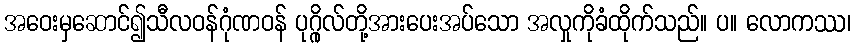
အဝေးမှဆောင်၍သီလဝန်ဂုံဏဝန် ပုဂ္ဂိုလ်တို့အားပေးအပ်သော အလှုကိုခံထိုက်သည်။ ပ။ လောကဿ၊